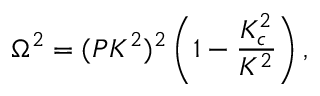
\Omega ^ { 2 } = ( P K ^ { 2 } ) ^ { 2 } \left( 1 - \frac { K _ { c } ^ { 2 } } { K ^ { 2 } } \right) ,